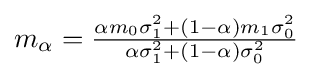
{\textstyle m_{\alpha }={\frac {\alpha m_{0}\sigma _{1}^{2}+(1-\alpha )m_{1}\sigma _{0}^{2}}{\alpha \sigma _{1}^{2}+(1-\alpha )\sigma _{0}^{2}}}}